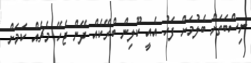
ނިސްބަތަށް ބެލުމަށް ފަހު އެއީ ކޫލިން ބްރޭކެއް ދޭން ޖެހޭ މެޗެއް ކަމަށް